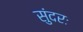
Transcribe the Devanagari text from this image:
सुंदरः